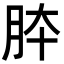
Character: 𦚄